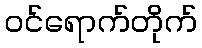
ဝင်ရောက်တိုက်